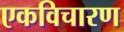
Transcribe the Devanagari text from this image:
एकविचारण